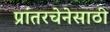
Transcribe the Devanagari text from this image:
प्रांतरचेनेसाठी